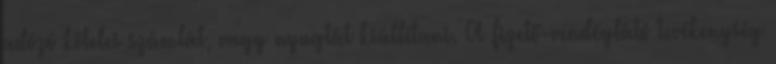
adózó köteles számlát, vagy nyugtát kiállítani. A fizető-vendéglátó tevékenység